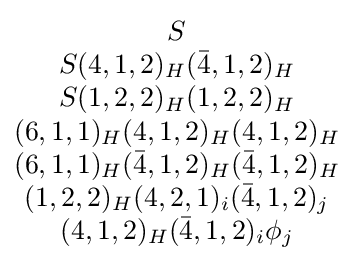
{\begin{matrix}S\\S(4,1,2)_{H}({\bar {4}},1,2)_{H}\\S(1,2,2)_{H}(1,2,2)_{H}\\(6,1,1)_{H}(4,1,2)_{H}(4,1,2)_{H}\\(6,1,1)_{H}({\bar {4}},1,2)_{H}({\bar {4}},1,2)_{H}\\(1,2,2)_{H}(4,2,1)_{i}({\bar {4}},1,2)_{j}\\(4,1,2)_{H}({\bar {4}},1,2)_{i}\phi _{j}\\\end{matrix}}